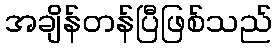
အချိန်တန်ပြီဖြစ်သည်